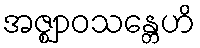
အဇ္ဈာဝသန္တေဟိ